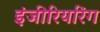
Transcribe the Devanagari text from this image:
इंजीरियरिंग